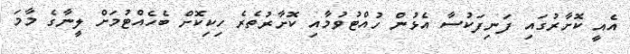
އެއީ ކޮށާރުގައި ފަނިފަކުސާ އެޅުން ހުއްޓުވުމާއި ކޮށާރުތެރެ ހިކިކޮށް ބެހެއްޓުމަށް ލީނާގެ މާމަ